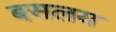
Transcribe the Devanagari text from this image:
बसलय